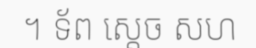
។ ទ័ព ស្តេច សហ